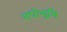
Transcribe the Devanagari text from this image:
तपोभूमि